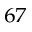
^ { 6 7 }